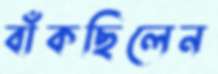
বাঁকছিলেন